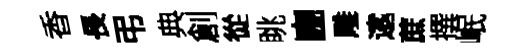
香長弔典創從眺豳雕逺蔗撰岷